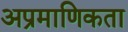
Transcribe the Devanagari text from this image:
अप्रमाणिकता